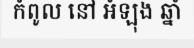
កំពូល នៅ អំឡុង ឆ្នាំ